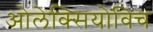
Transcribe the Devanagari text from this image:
ओलेक्सियोविच